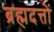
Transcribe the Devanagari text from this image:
ब्रह्मदत्तों